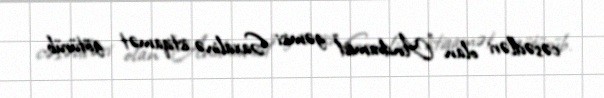
cəsədləri olan "Andramed" gəmisi Saxalinə istiqamət götürüb.